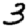
Digit: 3